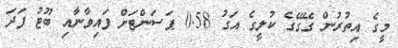
މީގެ އިތުރުން ގޭގޭގެ ކުލީގެ އަގު 0.58 ޕަސަންޓަށް ފައިވާނާއި ބޫޓު ފަދަ